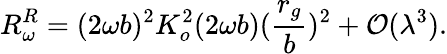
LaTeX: R_{\omega}^{R}=(2\omega b)^{2}K_{o}^{2}(2\omega b)(\frac{r_{g}}{b})^{2}+{\cal O}(\lambda^{3}).